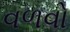
વળવો